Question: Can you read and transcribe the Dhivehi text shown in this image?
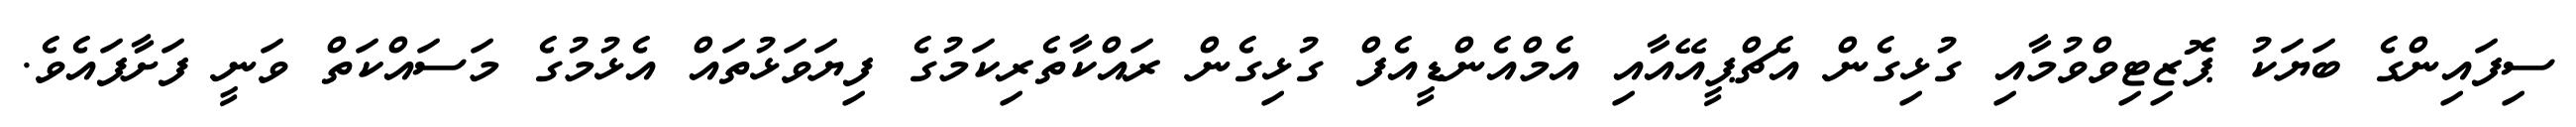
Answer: ސިފައިންގެ ބަޔަކު ޕޮޒިޓިވްވުމާއި ގުޅިގެން އެޗްޕީއޭއާއި އެމްއެންޑީއެފް ގުޅިގެން ރައްކާތެރިކަމުގެ ފިޔަވަޅުތައް އެޅުމުގެ މަސައްކަތް ވަނީ ފަށާފައެވެ.